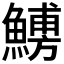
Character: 𩺹